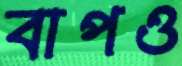
বাপও